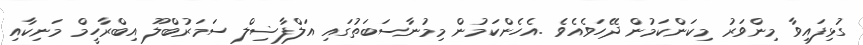
ގުޅިފައިވާ މިންވަރު މިކަންކަމުން ދޭހަވެއެވެ .އެހެންކަމުން މިމުނާސަބަތުގައި އަލްފާޟިލް ސަމަރުބްލޫ އިބްރާހީމް މަނިކާއި